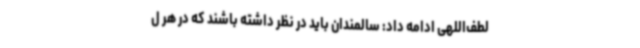
لطف‌اللهی ادامه داد: سالمندان باید در نظر داشته ‌باشند که در هر ل